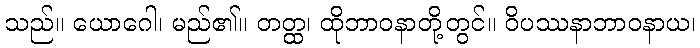
သည်။ ယောဂေါ၊ မည်၏။ တတ္ထ၊ ထိုဘာဝနာတို့တွင်။ ဝိပဿနာဘာဝနာယ၊